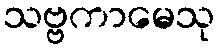
သဗ္ဗကာမေသု